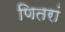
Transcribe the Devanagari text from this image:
णितरां